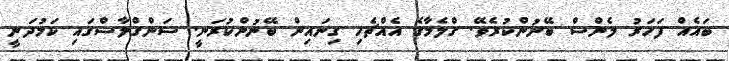
ބައެއް ފަހަރު ލެންސް ބޭނުންކުރެވޭ. ގްލެމާގެ އެއްޗެހި ގިނައިން ބޭނުންކުރަނީ. ސަންގްލާސްގައި ކަމުދަނީ